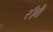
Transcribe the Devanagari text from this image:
रीतै